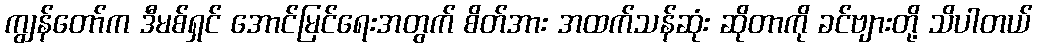
ကျွန်တော်က ဒီမစ်ရှင် အောင်မြင်ရေးအတွက် စိတ်အား အထက်သန်ဆုံး ဆိုတာကို ခင်ဗျားတို့ သိပါတယ်